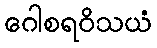
ဂေါစရဝိသယံ